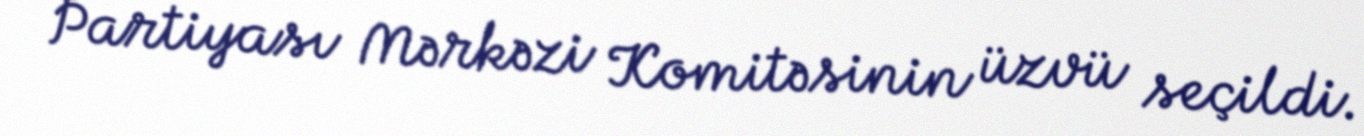
Partiyası Mərkəzi Komitəsinin üzvü seçildi.